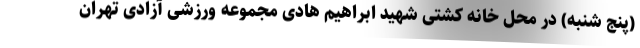
(پنج شنبه) در محل خانه کشتی شهید ابراهیم هادی مجموعه ورزشی آزادی تهران